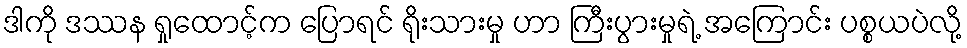
ဒါကို ဒဿန ရှုထောင့်က ပြောရင် ရိုးသားမှု ဟာ ကြီးပွားမှုရဲ့ အကြောင်း ပစ္စယပဲလို့